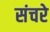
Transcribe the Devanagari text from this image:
संचरे